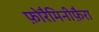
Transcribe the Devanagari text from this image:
फ़ोरैमिनीफ़ैरा